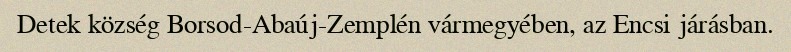
Detek község Borsod-Abaúj-Zemplén vármegyében, az Encsi járásban.